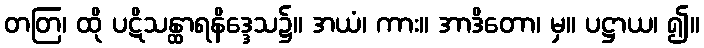
တတြ၊ ထို ပဋိသန္ထာရနိဒ္ဒေသ၌။ အယံ၊ ကား။ အာဒိတော၊ မှ။ ပဋ္ဌာယ၊ ၍။